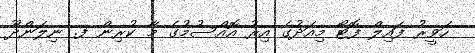
ހަވީރު ފައިލް ފޮޓޯ މިއަދުގެ އިރު އޮއްސުމުގެ މާ ކުރިން ފ. ނިލަންދޫ